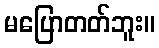
မပြောတတ်ဘူး။